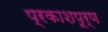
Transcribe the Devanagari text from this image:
प्रकाशपूर्ण